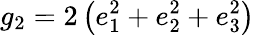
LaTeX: g_{2}=2\left(e_{1}^{2}+e_{2}^{2}+e_{3}^{2}\right)